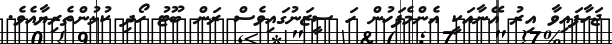
ޖަހާފައިވާ އިރު އޭނާއަކީ އެންމެފަހުން ހަ ސީޒަނުގައިވެސް ރަން ބޫޓު ހޯދި ކުޅުންތެރިޔާއެވެ.